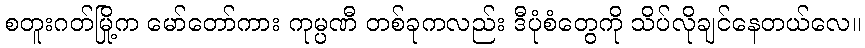
စတူးဂတ်မြို့က မော်တော်ကား ကုမ္ပဏီ တစ်ခုကလည်း ဒီပုံစံတွေကို သိပ်လိုချင်နေတယ်လေ။